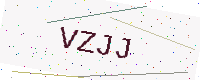
Text: VZJJ